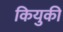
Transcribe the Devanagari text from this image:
कियुकी